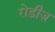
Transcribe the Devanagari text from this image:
रोडीज़